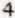
4